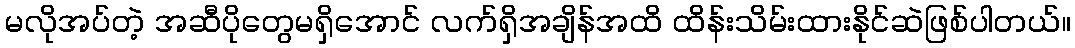
မလိုအပ်တဲ့ အဆီပိုတွေမရှိအောင် လက်ရှိအချိန်အထိ ထိန်းသိမ်းထားနိုင်ဆဲဖြစ်ပါတယ်။